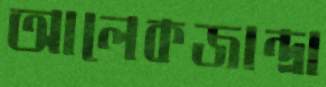
আলেকজান্দ্রা